Vaccination in Bombay 1924-1928 - 1924-1928
Year: 1924
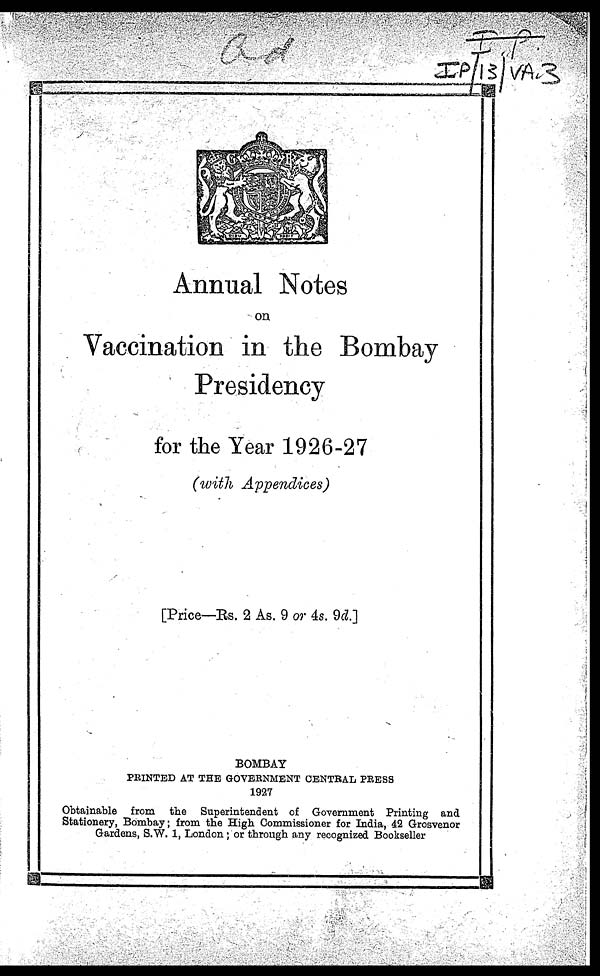
Annual Notes
on
Vaccination in the Bombay
Presidency
for the Year 1926-27
(with Appendices)
[Price—Rs. 2 As. 9 or 4s. 9d.]
BOMBAY
PRINTED AT THE GOVERNMENT CENTRAL PRESS
1927
Obtainable from the Superintendent of Government Printing and
Stationery, Bombay; from the High Commissioner for India, 42 Grosvenor
Gardens, S.W. 1, London; or through any recognized Bookseller